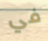
في